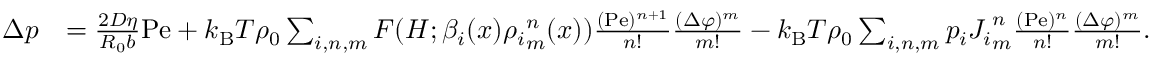
\begin{array} { r l } { \Delta p } & { = \frac { 2 D \eta } { R _ { 0 } b } \mathrm { P e } + k _ { \mathrm { B } } T \rho _ { 0 } \sum _ { i , n , m } F ( H ; \beta _ { i } ( x ) { \rho _ { i } } _ { m } ^ { n } ( x ) ) \frac { ( \mathrm { P e } ) ^ { n + 1 } } { n ! } \frac { ( \Delta \varphi ) ^ { m } } { m ! } - k _ { \mathrm { B } } T \rho _ { 0 } \sum _ { i , n , m } p _ { i } { J _ { i } } _ { m } ^ { n } \frac { ( \mathrm { P e } ) ^ { n } } { n ! } \frac { ( \Delta \varphi ) ^ { m } } { m ! } . } \end{array}